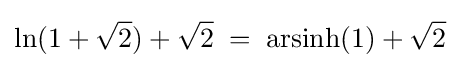
\ln(1+{\sqrt {2}})+{\sqrt {2}}\;=\;\operatorname {arsinh} (1)+{\sqrt {2}}